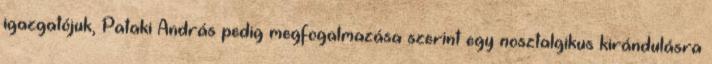
igazgatójuk, Pataki András pedig megfogalmazása szerint egy nosztalgikus kirándulásra